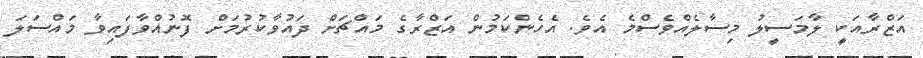
އަޒްރާއަކީ ލާމަސީލު މިސާލެއްވެސްމެ އެވެ. އެހެންކަމުން އަޒްރާގެ މައްޗަށް ދައުވާކުރުމަށް ފޮނުއްވާފައިވާ މައްސަލަ